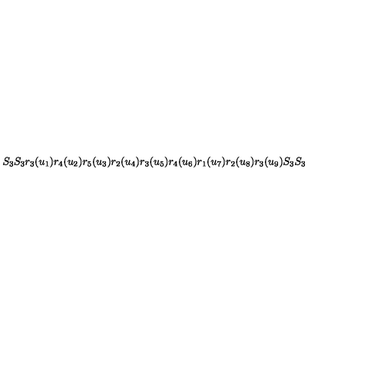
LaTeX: S _ { 3 } S _ { 3 } r _ { 3 } ( u _ { 1 } ) r _ { 4 } ( u _ { 2 } ) r _ { 5 } ( u _ { 3 } ) r _ { 2 } ( u _ { 4 } ) r _ { 3 } ( u _ { 5 } ) r _ { 4 } ( u _ { 6 } ) r _ { 1 } ( u _ { 7 } ) r _ { 2 } ( u _ { 8 } ) r _ { 3 } ( u _ { 9 } ) S _ { 3 } S _ { 3 }